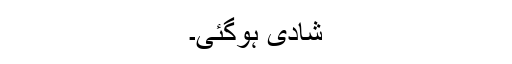
شادی ہوگئی۔